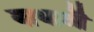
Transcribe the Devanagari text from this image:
बाधाऒं